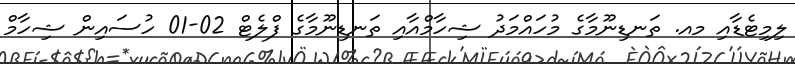
ލިމިޓެޑާއި މއ. ތަނޑިނޫމާގެ މުހައްމަދު ޝިހާމްއާއި ތަނޑިނޫމާގެ ފްލެޓް 02-01 ހުސައިން ޝިހާމް